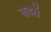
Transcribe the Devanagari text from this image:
सबतें